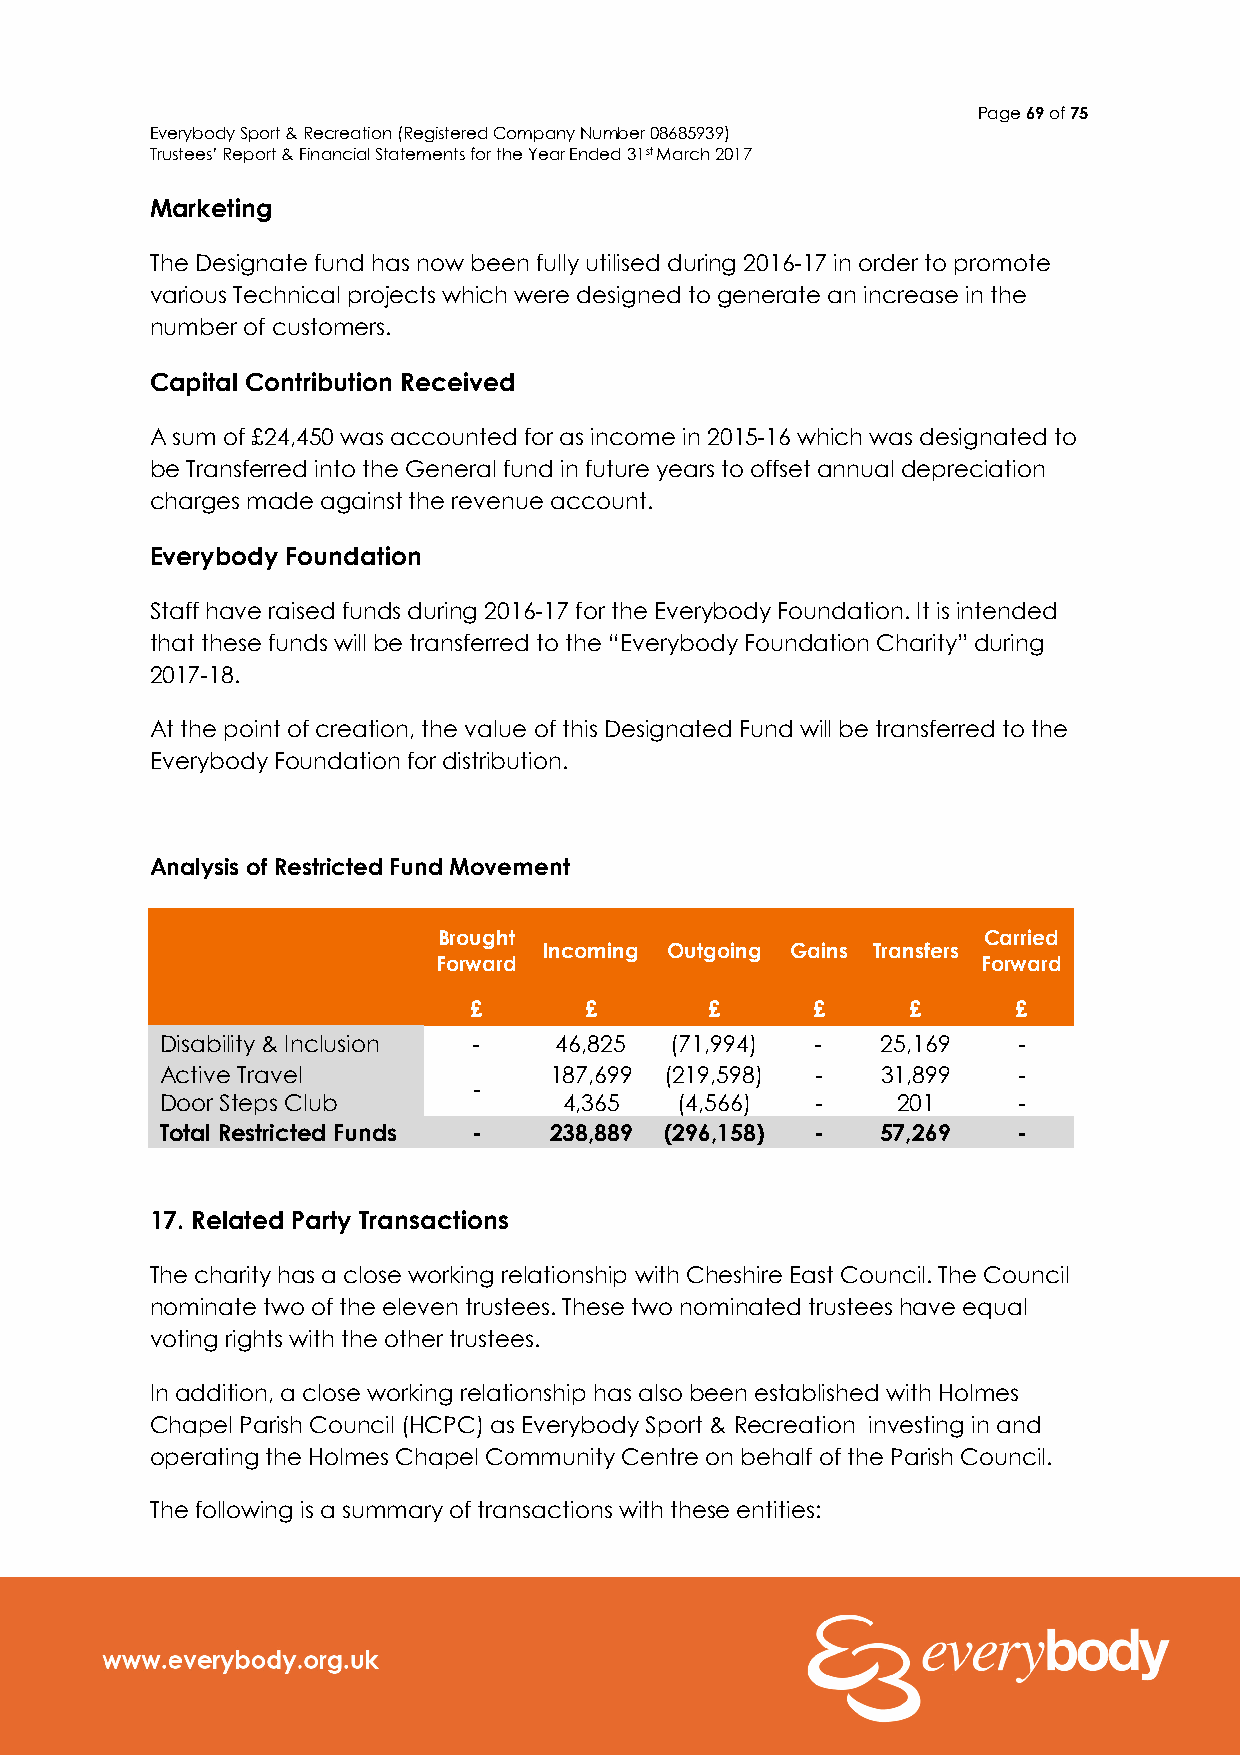
Page 69 of 75
 Everybody Sport & Recreation (Registered Company Number 08685939)
 Trustees’ Report & Financial Statements for the Year Ended 31st March 2017
 Marketing
 The Designate fund has now been fully utilised during 2016-17 in order to promote
 various Technical projects which were designed to generate an increase in the
 number of customers.
 Capital Contribution Received
 A sum of £24,450 was accounted for as income in 2015-16 which was designated to
 be Transferred into the General fund in future years to offset annual depreciation
 charges made against the revenue account.
 Everybody Foundation
 Staff have raised funds during 2016-17 for the Everybody Foundation. It is intended
 that these funds will be transferred to the “Everybody Foundation Charity” during
 2017-18.
 At the point of creation, the value of this Designated Fund will be transferred to the
 Everybody Foundation for distribution.
 Analysis of Restricted Fund Movement
 Brought                             Carried
 Incoming Outgoing Gains Transfers
 Forward                             Forward
 £       £       £      £     £      £
 Disability & Inclusion -  46,825 (71,994)  -   25,169   -
 Active Travel            187,699 (219,598) -   31,899   -
 -
 Door Steps Club           4,365   (4,566)  -    201     -
 Total Restricted Funds - 238,889 (296,158) -   57,269   -
 17. Related Party Transactions
 The charity has a close working relationship with Cheshire East Council. The Council
 nominate two of the eleven trustees. These two nominated trustees have equal
 voting rights with the other trustees.
 In addition, a close working relationship has also been established with Holmes
 Chapel Parish Council (HCPC) as Everybody Sport & Recreation investing in and
 operating the Holmes Chapel Community Centre on behalf of the Parish Council.
 The following is a summary of transactions with these entities: